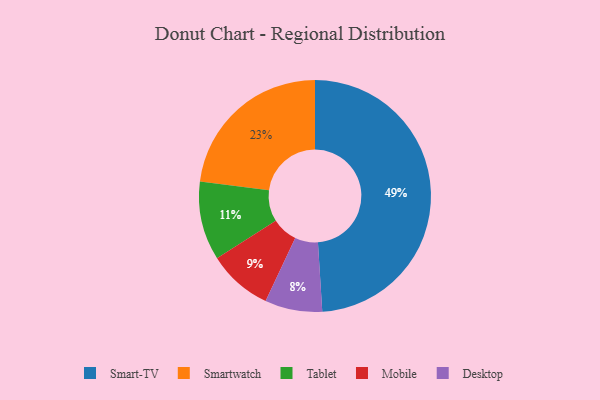
{"axis": {"x": "Category", "y": "Percentage"}, "legend": ["Desktop", "Mobile", "Smart-TV", "Smartwatch", "Tablet"], "data": [{"x": "Smart-TV", "y": 49, "type": "Smart-TV"}, {"x": "Mobile", "y": 9, "type": "Mobile"}, {"x": "Desktop", "y": 8, "type": "Desktop"}, {"x": "Smartwatch", "y": 23, "type": "Smartwatch"}, {"x": "Tablet", "y": 11, "type": "Tablet"}]}